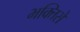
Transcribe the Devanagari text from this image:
भक्तिसे